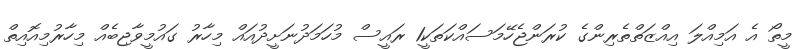
މީތޯ އެ އަމިއްލަ އިއްޒަތްތެރިންގެ ކުރަންޖެހޭމަސައްކަތަކީ1 ރައީސް މުހަމަދުނަށީދުއައް މިހާރު ގައުމީވާޖިބެއް މިހާރުމިއޮއިތް